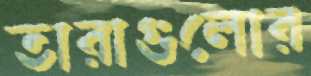
তারাগুলোর